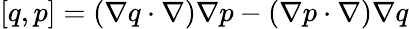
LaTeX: \left[{q,p}\right]=\left({\nabla q\cdot\nabla}\right)\nabla p-\left({\nabla p\cdot\nabla}\right)\nabla q